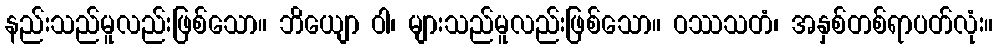
နည်းသည်မူလည်းဖြစ်သော။ ဘိယျော ဝါ၊ များသည်မူလည်းဖြစ်သော။ ဝဿသတံ၊ အနှစ်တစ်ရာပတ်လုံး။